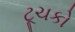
ટૂચકો